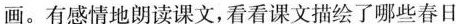
画。有感情地朗读课文,看看课文描绘了哪此春日